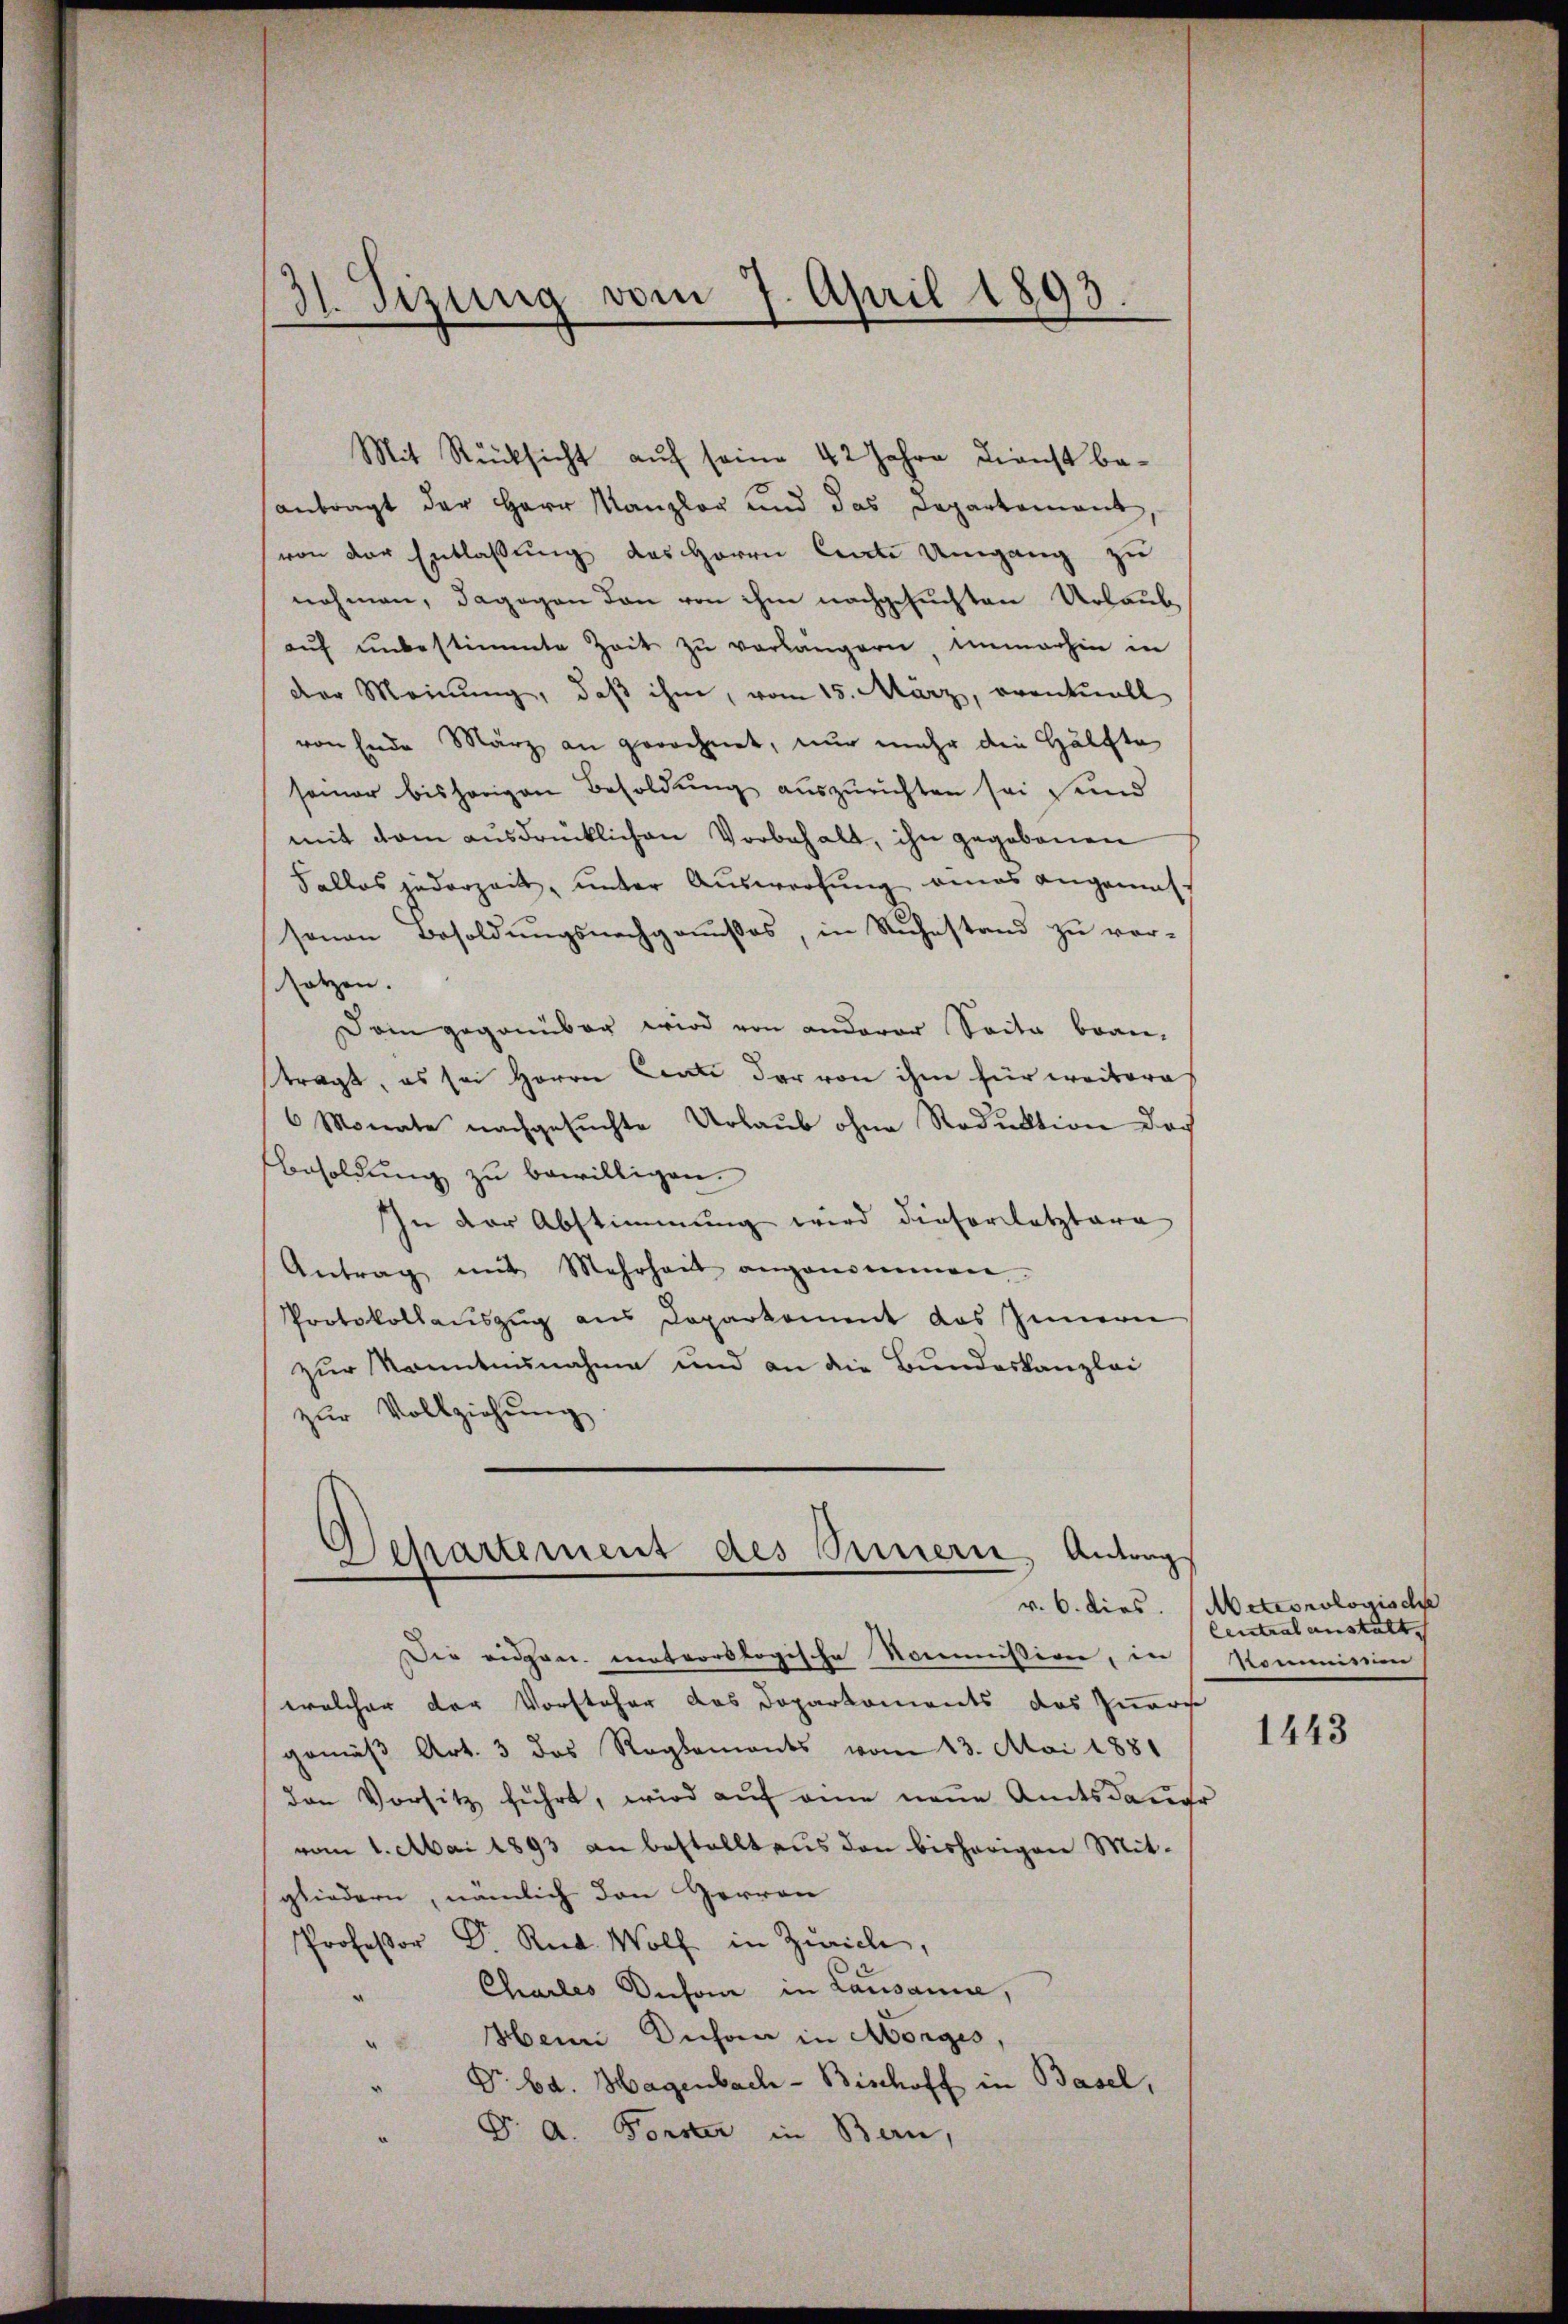
31. Sizung vom 7. April 1893.

Mit Rücksicht auf seine 42 Jahre Dienst beantragt der Herr Kanzler und das Departement,
von der Entlassung des Herrn Cente Umgang zu
nehmen, dagegen den von ihm nachgesuchten Urlaub
aŭf unbestimmte Zeit zu verlangern, immerhin in
der Meinung, daß ihm, vom 15. März, eventuell
von Ende März an gerechnet, nur mehr die Hälfte
seiner bisherigen Besoldung auszurichten sei sind
mit dem ausdrücklichen Vorbehalt, ihn gegebenen
Falles jederzeit, unter Auswerfung eines angemess
sonen Besoldŭngsnachgoṁsos, in Rŭhestand zŭ ver-
derzen.
Dam gegenüber wird von anderer Saite bran-
tragt, es sei Herrn Centi der von ihm für weitere
6 Monate nachgesŭchte Urlaub ohne Reduktion doch
Besoldung zu bewilligen.
In der Abstimmung wird dieser letztere
Antrag mit Mehrheit angenommen
Protokollaŭszŭg ans Doparkoment das Innern
zur kanntennahme und an die Bundeskanzlei
zur Vollziehung

.
Departement des Sinnern, Antrag

Die eidgen. meteorologische Nommission, in
welcher der Vorsteher das Doparkoments des Inners
gemäß Art. 3 das Reglements vom 23. Mai 1881
den Vorsitz führt, wird aŭf eine neue Amtsdauer
vom 1. Mai 1893 an bestelltens den bisherigen Mit-
gliedern, nämlich den Herren
Professor Dr. Rud. Wolf in Zürich,
Charles Dechan in Lausanne,
Henn Duchan in Morges,
Dr. Bd. Hagenbach- Bischoff in Basel,
Dr. A. Forster in Bern,

v. 6. dies. Meteorologische
Central anstalt.
Kommission

1443